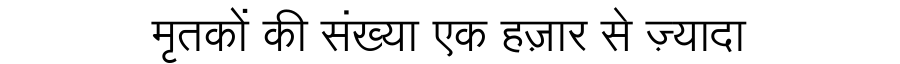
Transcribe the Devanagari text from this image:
मृतकों की संख्या एक हज़ार से ज़्यादा